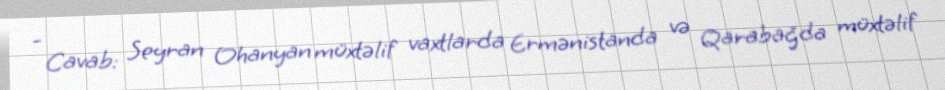
- Cavab: Seyran Ohanyan müxtəlif vaxtlarda Ermənistanda və Qarabağda müxtəlif